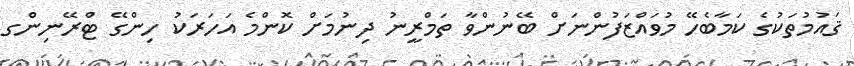
ޤައުމުތަކުގެ ކަމާބެހޭ މުވައްޒަފުންނަށް ބޭނުންވާ ތަމްރީނު ދިނުމަށް ކޮންމެ އަހަރަކު ހިންގޭ ޓްރޭނިންގ